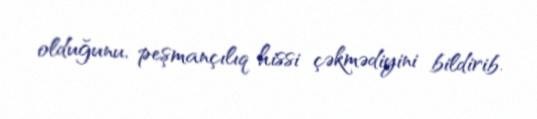
olduğunu, peşmançılıq hissi çəkmədiyini bildirib.